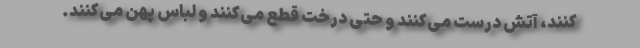
‌کنند، آتش درست می‌کنند و حتی درخت قطع می‌کنند و لباس پهن می‌کنند.